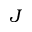
J